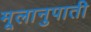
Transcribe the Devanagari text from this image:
मूलानुपाती